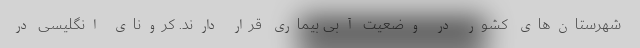
شهرستان‌های کشور در وضعیت آبی بیماری قرار دارند. کرونای انگلیسی در